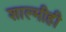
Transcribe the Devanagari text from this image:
शाल्मीही